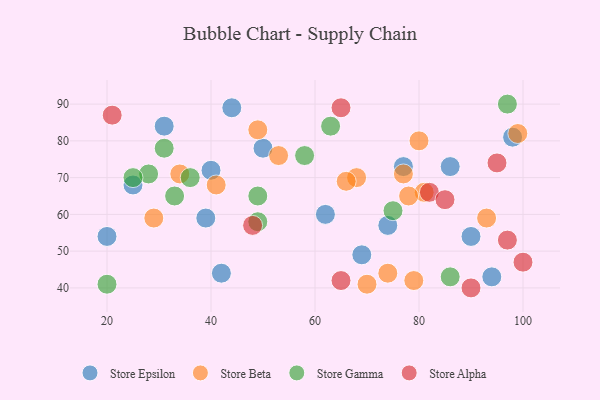
{"axis": {"x": "GDP", "y": "Life Expectancy"}, "legend": ["Store Alpha", "Store Beta", "Store Epsilon", "Store Gamma"], "data": [{"x": "74", "y": 57, "type": "Store Epsilon"}, {"x": "86", "y": 73, "type": "Store Epsilon"}, {"x": "69", "y": 49, "type": "Store Epsilon"}, {"x": "90", "y": 54, "type": "Store Epsilon"}, {"x": "40", "y": 72, "type": "Store Epsilon"}, {"x": "44", "y": 89, "type": "Store Epsilon"}, {"x": "31", "y": 84, "type": "Store Epsilon"}, {"x": "62", "y": 60, "type": "Store Epsilon"}, {"x": "39", "y": 59, "type": "Store Epsilon"}, {"x": "98", "y": 81, "type": "Store Epsilon"}, {"x": "94", "y": 43, "type": "Store Epsilon"}, {"x": "77", "y": 73, "type": "Store Epsilon"}, {"x": "25", "y": 68, "type": "Store Epsilon"}, {"x": "50", "y": 78, "type": "Store Epsilon"}, {"x": "42", "y": 44, "type": "Store Epsilon"}, {"x": "20", "y": 54, "type": "Store Epsilon"}, {"x": "53", "y": 76, "type": "Store Beta"}, {"x": "81", "y": 66, "type": "Store Beta"}, {"x": "68", "y": 70, "type": "Store Beta"}, {"x": "93", "y": 59, "type": "Store Beta"}, {"x": "74", "y": 44, "type": "Store Beta"}, {"x": "99", "y": 82, "type": "Store Beta"}, {"x": "70", "y": 41, "type": "Store Beta"}, {"x": "34", "y": 71, "type": "Store Beta"}, {"x": "78", "y": 65, "type": "Store Beta"}, {"x": "41", "y": 68, "type": "Store Beta"}, {"x": "79", "y": 42, "type": "Store Beta"}, {"x": "49", "y": 83, "type": "Store Beta"}, {"x": "80", "y": 80, "type": "Store Beta"}, {"x": "29", "y": 59, "type": "Store Beta"}, {"x": "77", "y": 71, "type": "Store Beta"}, {"x": "66", "y": 69, "type": "Store Beta"}, {"x": "49", "y": 58, "type": "Store Gamma"}, {"x": "20", "y": 41, "type": "Store Gamma"}, {"x": "63", "y": 84, "type": "Store Gamma"}, {"x": "31", "y": 78, "type": "Store Gamma"}, {"x": "58", "y": 76, "type": "Store Gamma"}, {"x": "75", "y": 61, "type": "Store Gamma"}, {"x": "97", "y": 90, "type": "Store Gamma"}, {"x": "28", "y": 71, "type": "Store Gamma"}, {"x": "33", "y": 65, "type": "Store Gamma"}, {"x": "36", "y": 70, "type": "Store Gamma"}, {"x": "86", "y": 43, "type": "Store Gamma"}, {"x": "25", "y": 70, "type": "Store Gamma"}, {"x": "49", "y": 65, "type": "Store Gamma"}, {"x": "65", "y": 89, "type": "Store Alpha"}, {"x": "95", "y": 74, "type": "Store Alpha"}, {"x": "21", "y": 87, "type": "Store Alpha"}, {"x": "65", "y": 42, "type": "Store Alpha"}, {"x": "82", "y": 66, "type": "Store Alpha"}, {"x": "85", "y": 64, "type": "Store Alpha"}, {"x": "90", "y": 40, "type": "Store Alpha"}, {"x": "97", "y": 53, "type": "Store Alpha"}, {"x": "48", "y": 57, "type": "Store Alpha"}, {"x": "100", "y": 47, "type": "Store Alpha"}]}